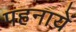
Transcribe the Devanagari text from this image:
पहनायें